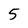
Character: 5